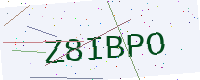
Text: Z8IBPO